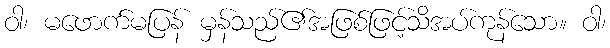
ဝါ၊ မဖောက်မပြန် မှန်သည်၏အဖြစ်ဖြင့်သိအပ်ကုန်သော။ ဝါ၊